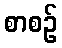
စာစဉ်